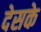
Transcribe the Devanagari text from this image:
देसके